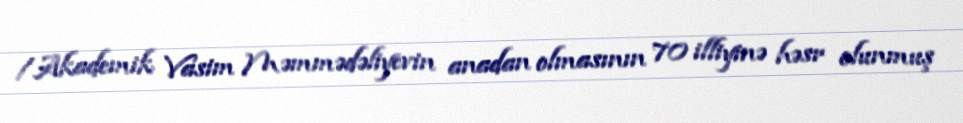
/Akademik Vasim Məmmədəliyevin anadan olmasının 70 illiyinə həsr olunmuş